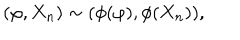
LaTeX: ( \varphi , X _ { n } ) \sim ( \phi ( \varphi ) , \phi ( X _ { n } ) ) ,